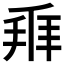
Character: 𬼐